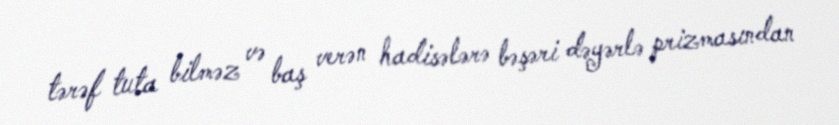
tərəf tuta bilməz və baş verən hadisələrə bəşəri dəyərlə prizmasından